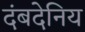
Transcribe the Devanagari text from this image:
दंबदेनिय